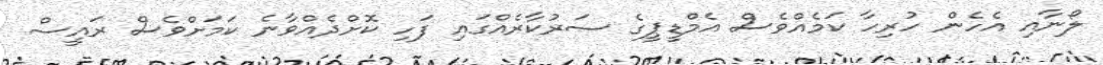
ލޯނާއި އެހެން ހުރިހާ ކަމެއްވެސް އެމްޑީޕީގެ ސަރުކާރެއްގައި ފަހި ކޮށްދެއްވާނެ ކަމަށްވެސް ރައީސް